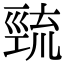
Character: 巰